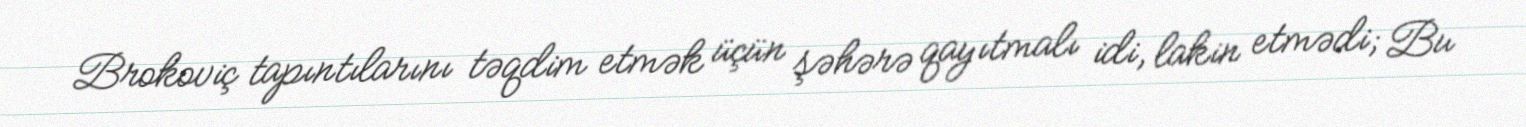
Brokoviç tapıntılarını təqdim etmək üçün şəhərə qayıtmalı idi, lakin etmədi; Bu